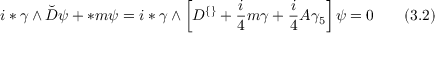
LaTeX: i * \gamma \wedge \breve { D } \psi + * m \psi = i * \gamma \wedge \left[ D ^ { \{ \} } + \frac { i } { 4 } m \gamma + \frac { i } { 4 } A \gamma _ { 5 } \right] \psi = 0 \; \; \; \; \; \; \; ( 3 . 2 )